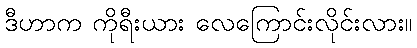
ဒီဟာက ကိုရီးယား လေကြောင်းလိုင်းလား။